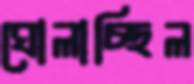
ঘোলাচ্ছিল